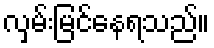
လှမ်းမြင်နေရသည်။